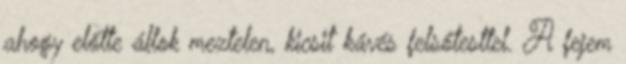
ahogy előtte állok meztelen, kicsit kávés felsőtesttel. A fejem